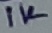
Text: 1K